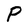
Character: P